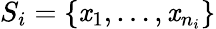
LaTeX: S_{i}=\{ \mathit{x}_{1},\dots,\mathit{x}_{n_{i}}\}